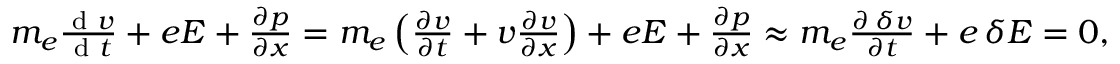
\begin{array} { r } { m _ { e } \frac { \textrm { d } v } { \textrm { d } t } + e E + \frac { \partial p } { \partial x } = m _ { e } \left( \frac { \partial v } { \partial t } + v \frac { \partial v } { \partial x } \right) + e E + \frac { \partial p } { \partial x } \approx m _ { e } \frac { \partial \, \delta v } { \partial t } + e \, \delta E = 0 , } \end{array}